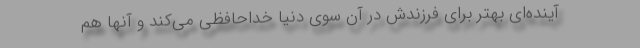
آینده‌ای بهتر برای فرزندش در آن سوی دنیا خداحافظی می‌کند و آنها هم